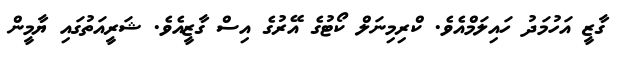
ގާޒީ އަހުމަދު ހައިލަމްއެވެ. ކްރިމިނަލް ކޯޓުގެ އޭރުގެ އިސް ގާޒީއެވެ. ޝަރީއަތުގައި ޔާމީން